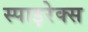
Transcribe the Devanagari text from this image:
स्पाइरेक्स